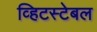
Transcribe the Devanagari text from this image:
व्हिटस्टेबल